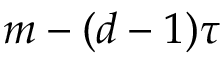
m - ( d - 1 ) \tau